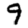
Digit: 9